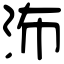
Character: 㳍